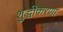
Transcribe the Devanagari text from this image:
शुद्धीकरणा